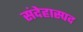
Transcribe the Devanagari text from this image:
संदेहास्‍पद